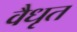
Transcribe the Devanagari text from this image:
वैधृत